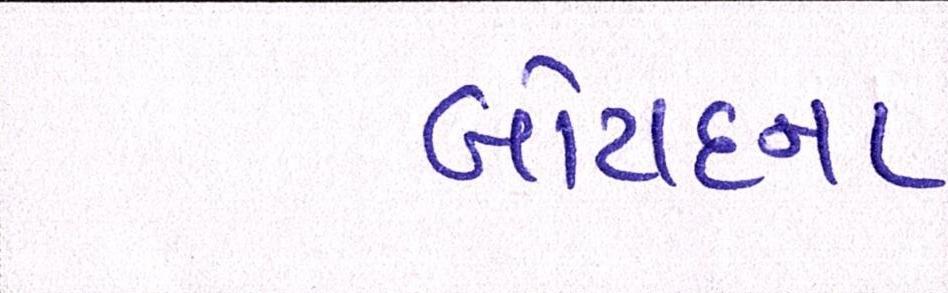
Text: બોટાદના